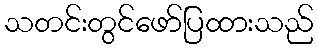
သတင်းတွင်ဖော်ပြထားသည်